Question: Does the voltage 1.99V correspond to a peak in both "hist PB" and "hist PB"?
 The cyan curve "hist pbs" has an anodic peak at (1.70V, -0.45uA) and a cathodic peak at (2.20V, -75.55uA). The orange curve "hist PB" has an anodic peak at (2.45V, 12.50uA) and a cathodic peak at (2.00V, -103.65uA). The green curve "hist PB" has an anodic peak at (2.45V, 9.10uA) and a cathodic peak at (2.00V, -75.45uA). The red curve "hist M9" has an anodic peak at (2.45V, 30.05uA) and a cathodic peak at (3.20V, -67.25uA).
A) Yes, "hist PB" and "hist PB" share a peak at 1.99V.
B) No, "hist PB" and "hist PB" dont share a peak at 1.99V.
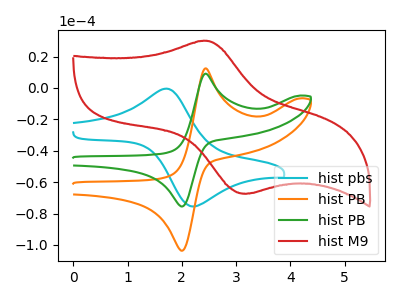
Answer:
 <answer>A) Yes, "hist PB" and "hist PB" share a peak at 1.99V.</answer>
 <eval>A</eval>